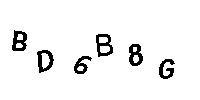
BD6B8G